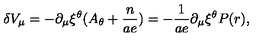
\delta V _ { \mu } = - \partial _ { \mu } \xi ^ { \theta } ( A _ { \theta } + \frac { n } { a e } ) = - \frac { 1 } { a e } \partial _ { \mu } \xi ^ { \theta } P ( r ) ,